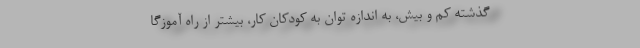
گذشته کم و بیش، به اندازه توان به کودکان کار، بیشتر از راه آموزگا